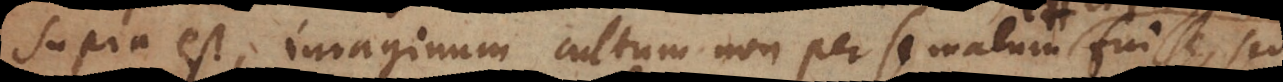
supra est, imaginum cultum non per se malum et